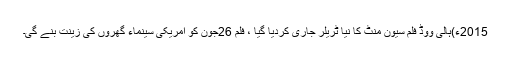
2015ء)ہالی ووڈ فلم سیون منٹ کا نیا ٹریلر جاری کردیا گیا ، فلم 26جون کو امریکی سینماء گھروں کی زینت بنے گی۔